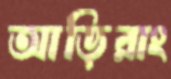
আড়িরাং